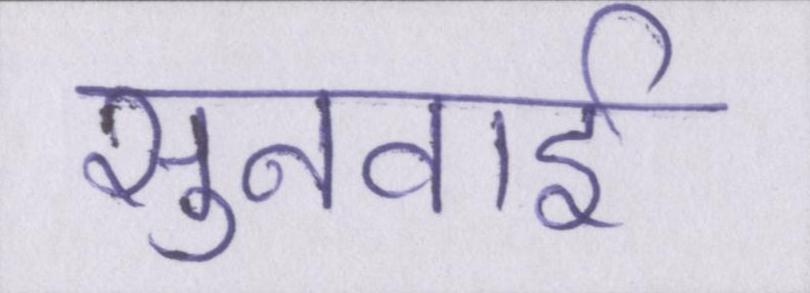
सुनवाई